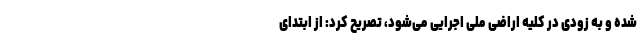
شده و به زودی در کلیه اراضی ملی اجرایی می‌شود، تصریح کرد: از ابتدای